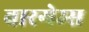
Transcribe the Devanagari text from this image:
वारगेम्स